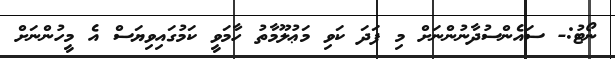
ނޯޓު:- ސައެންސުދާނުންނަށް މި ފަދަ ކަވި މަޢުލޫމާތު ހާމަވީ ކަމުގައިވިޔަސް އެ މީހުންނަށް